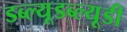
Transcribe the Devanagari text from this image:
डब्ल्यूडब्ल्यूडी